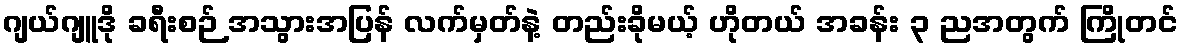
ဂျယ်ဂျူဒို ခရီးစဉ် အသွားအပြန် လက်မှတ်နဲ့ တည်းခိုမယ့် ဟိုတယ် အခန်း ၃ ညအတွက် ကြိုတင်